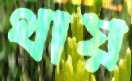
থায়